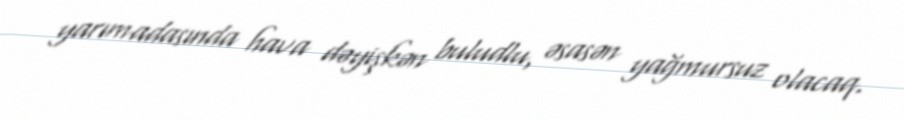
yarımadasında hava dəyişkən buludlu, əsasən yağmursuz olacaq.